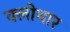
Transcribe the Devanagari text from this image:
क्लोथार